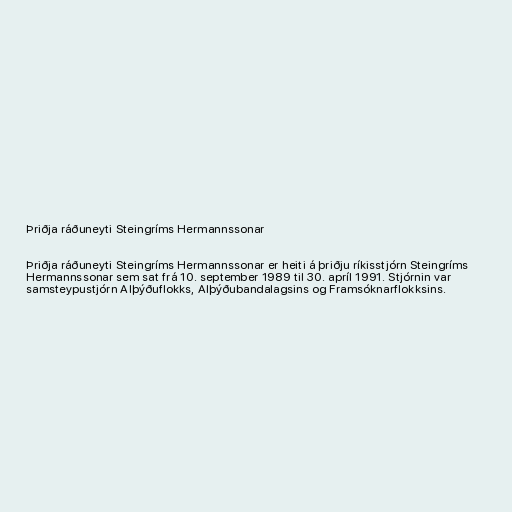
Þriðja ráðuneyti Steingríms Hermannssonar

Þriðja ráðuneyti Steingríms Hermannssonar er heiti á þriðju ríkisstjórn Steingríms
Hermannssonar sem sat frá 10. september 1989 til 30. apríl 1991. Stjórnin var
samsteypustjórn Alþýðuflokks, Alþýðubandalagsins og Framsóknarflokksins.